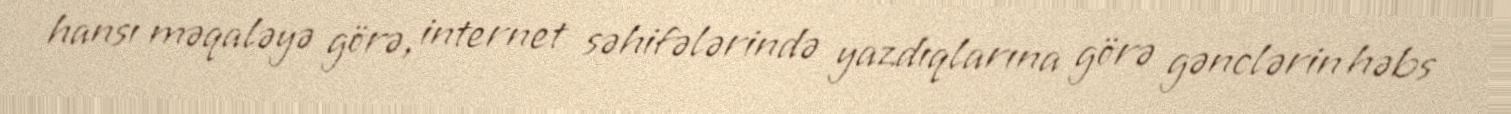
hansı məqaləyə görə, internet səhifələrində yazdıqlarına görə gənclərin həbs